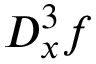
D _ { x } ^ { 3 } f